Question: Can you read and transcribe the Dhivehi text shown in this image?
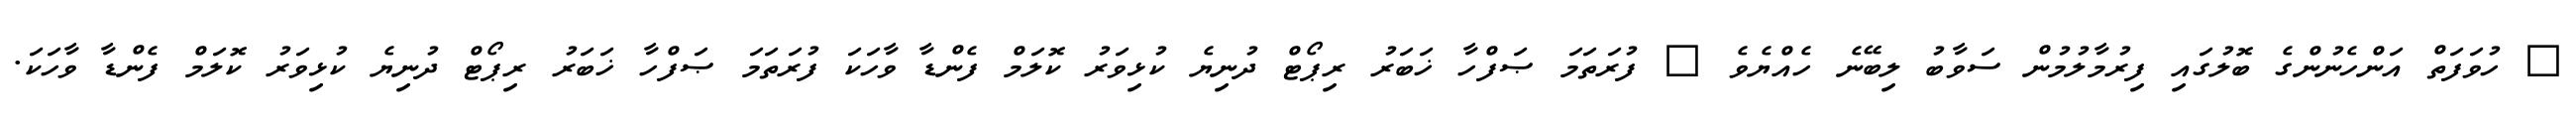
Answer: ? ހުވަފަތް އަންހެނުންގެ ބޮލުގައި ފިރުމާލުމުން ސަވާބު ލިބޭނެ ހެއްޔެވެ ? ފުރަތަމަ ޞަފްހާ ޚަބަރު ރިޕޯޓް ދުނިޔެ ކުޅިވަރު ކޮލަމް ފެންޑާ ވާހަކަ ފުރަތަމަ ޞަފްހާ ޚަބަރު ރިޕޯޓް ދުނިޔެ ކުޅިވަރު ކޮލަމް ފެންޑާ ވާހަކަ.